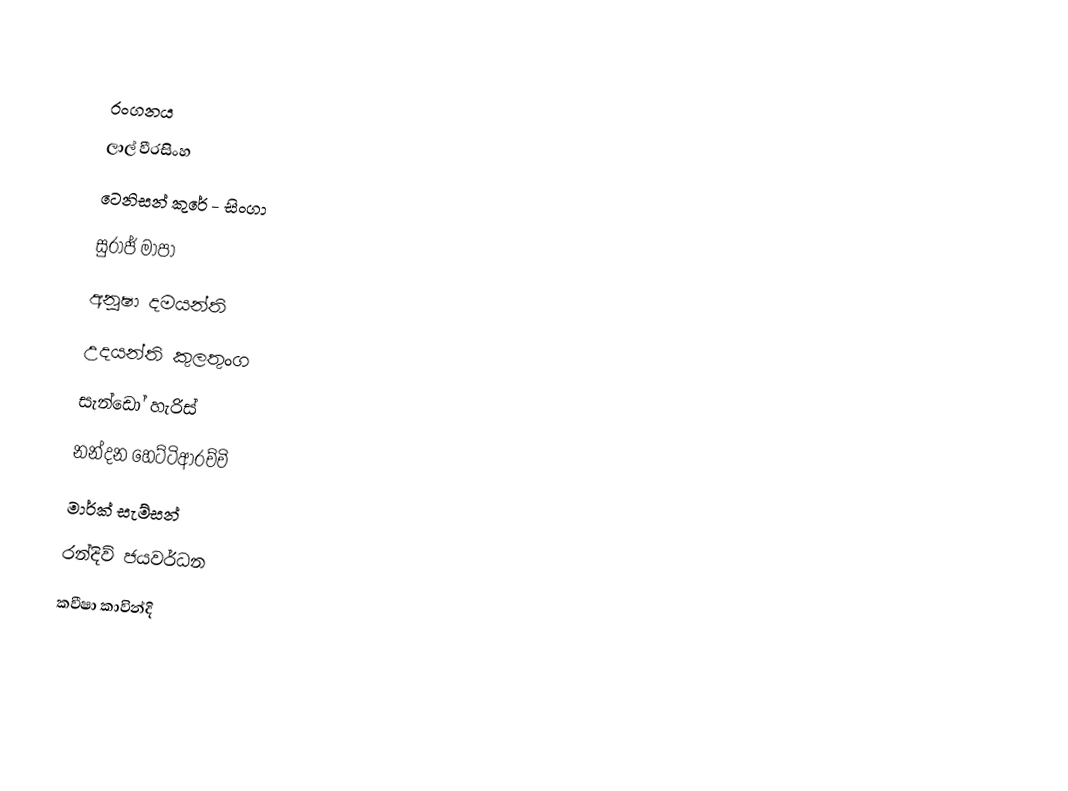

රංගනය
ලාල් වීරසිංහ
ටෙනිසන් කුරේ - සිංගා
සුරාජ් මාපා
අනූෂා දමයන්ති
උදයන්‍ති කුලතුංග
සැන්ඩෝ හැරිස්
නන්දන හෙට්ටිආරච්චි
මාර්ක් සැම්සන්
රන්දිව් ජයවර්ධන
කවීෂා කාවින්දි